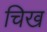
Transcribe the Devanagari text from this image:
चिख